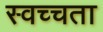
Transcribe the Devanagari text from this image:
स्वच्चता